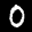
Label: 0